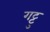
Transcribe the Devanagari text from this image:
गट्टु